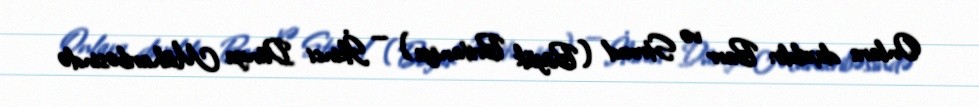
Onlara daxildir: Barr və Stroud (Böyük Britaniya) — İkinci Dünya Müharibəsində